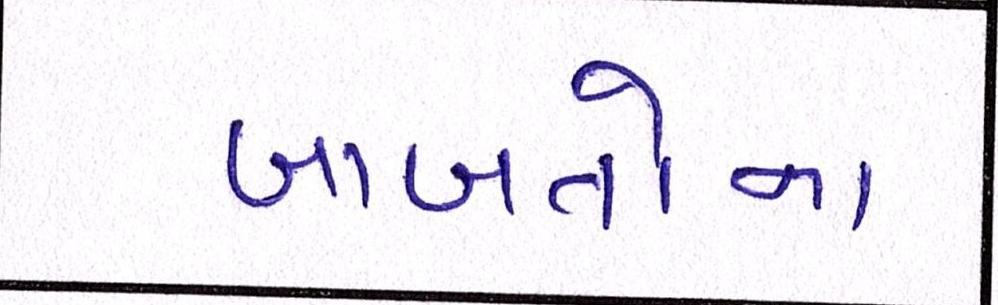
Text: બાબતોના